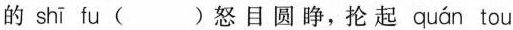
的 shī fu( )怒目圆睁，抡起 quán tou